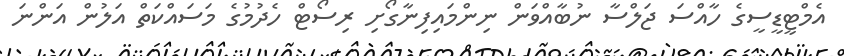
އެމްޓީޑީސީގެ ހާއްސަ ޖަލްސާ ނުބާއްވަން ނިންމައިފިނާގޯށި ރިސޯޓް ހެދުމުގެ މަސައްކަތް އަލުން އަންނަ